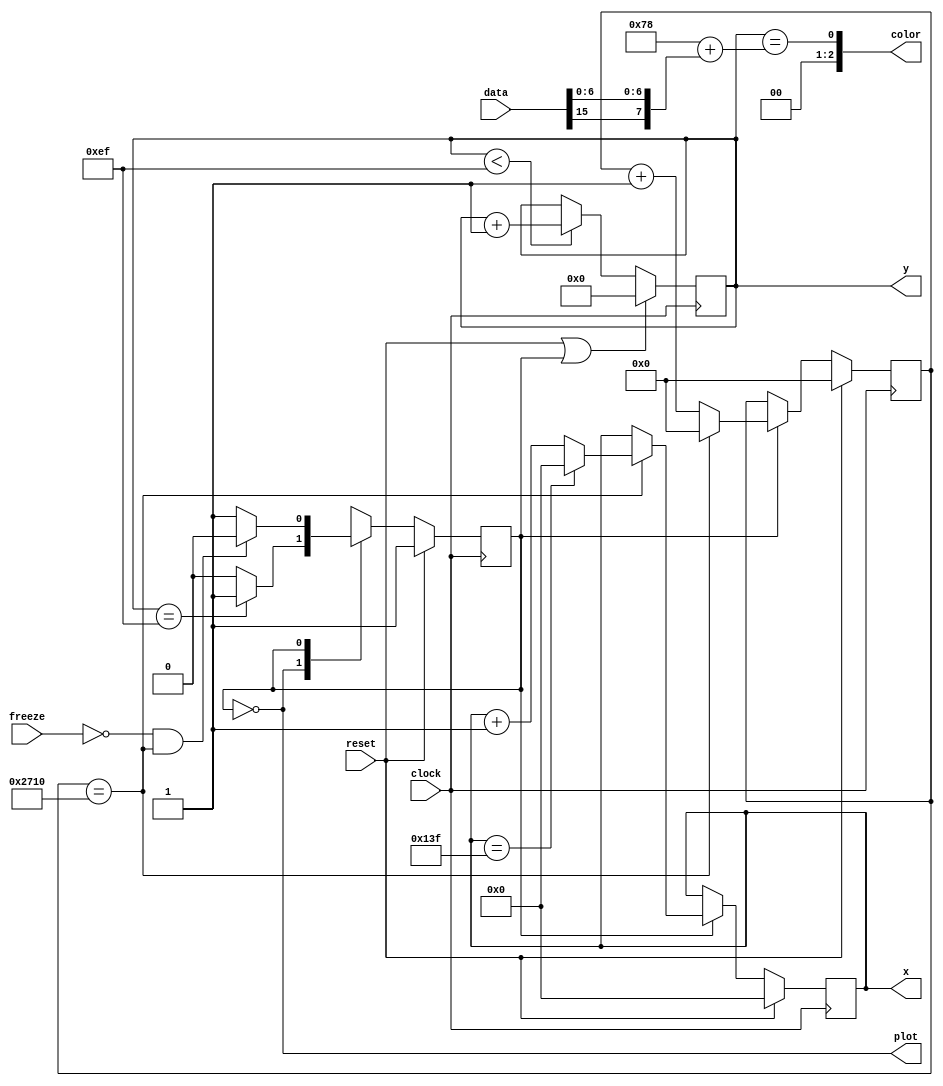
module display(	input clock, reset, freeze,
				input [15:0] data,

				output reg [8:0] x,
				output reg [7:0] y,
				output [2:0] color,
				output plot);

localparam sweep_delay = 10000, xmax = 319, ymax = 239;

reg [31:0] delay_counter;

reg st, streg;


// FSM for sweep control
localparam st_ploty = 0, st_done = 1;

always @(*) begin
	st = streg;
	case(streg)
		st_ploty: if(y == ymax) st = st_done;
		st_done: if(!freeze && (delay_counter == sweep_delay)) st = st_ploty;
	endcase
end

always @(posedge clock)
	if(reset) streg <= st_done;
	else streg <= st;


// Delay and X counters
always @(posedge clock)
	if(reset) begin
		delay_counter <= 0;
		x <= 0;
	end else if(streg == st_done)
		if(delay_counter == sweep_delay) begin
			delay_counter <= 0;
			x <= (x == xmax) ? 0 : x + 1;
		end else delay_counter <= delay_counter + 1;

// Y counter
always @(posedge clock)
	if(reset || (streg == st_done)) y <= 0;
	else if(y < ymax) y <= y + 1;


assign plot = (streg == st_ploty);
assign color = (y == 8'd120+{data[15], data[6:0]});

endmodule